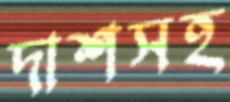
দাশসহ